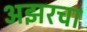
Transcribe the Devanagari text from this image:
अझरचा